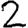
Digit: 2